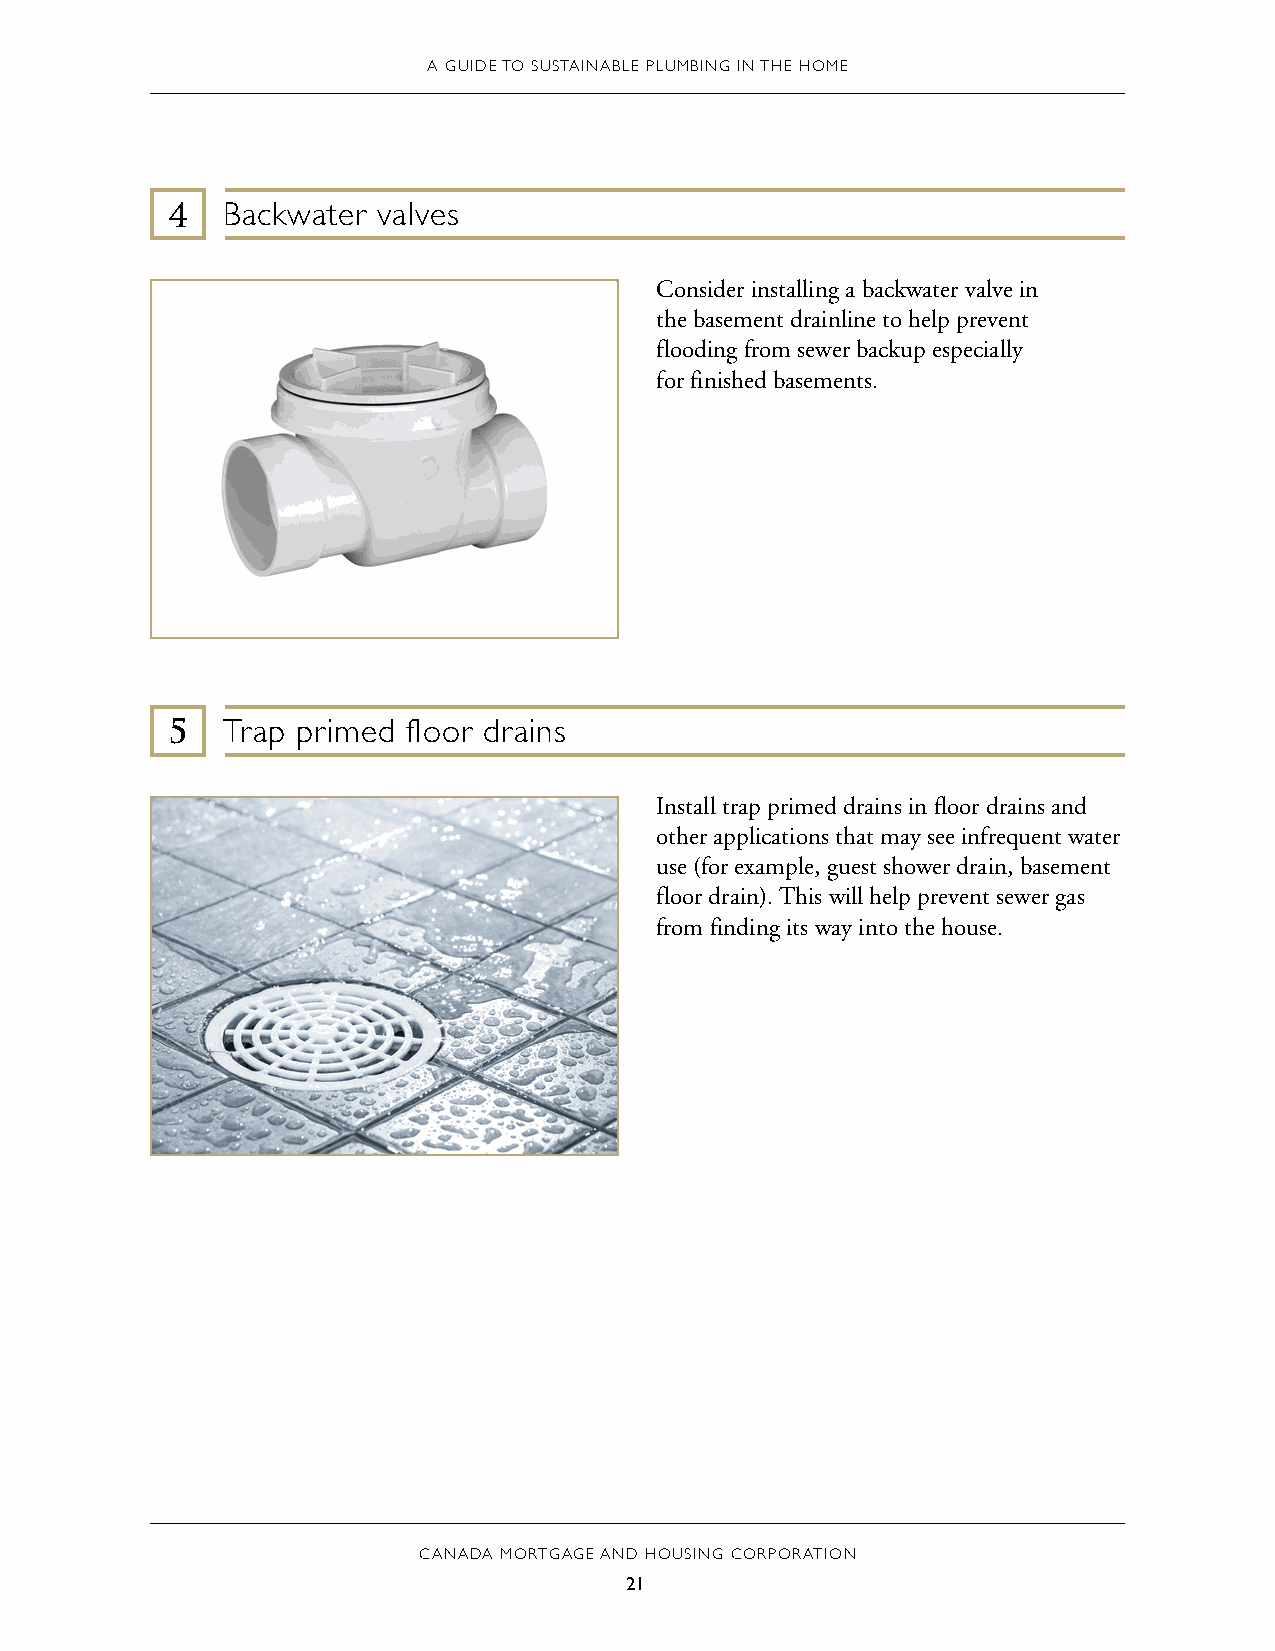
A GUIDE TO SUSTAINABLE PLUMBING IN THE HOME
 4   Backwater valves
 Consider installing a backwater valve in
 the basement drainline to help prevent
 flooding from sewer backup especially
 for finished basements.
 5   Trap primed floor drains
 Install trap primed drains in floor drains and
 other applications that may see infrequent water
 use (for example, guest shower drain, basement
 floor drain). This will help prevent sewer gas
 from finding its way into the house.
 CANADA MORTGAGE AND HOUSING CORPORATION
 21